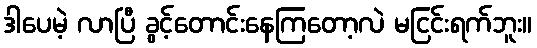
ဒါပေမဲ့ လာပြီ ခွင့်တောင်းနေကြတော့လဲ မငြင်းရက်ဘူး။